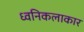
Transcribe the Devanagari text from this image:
ध्वनिकलाकार